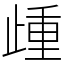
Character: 歱